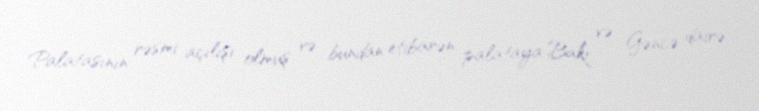
Palatasının rəsmi açılışı olmuş və bundan etibarən palataya Bakı və Gəncə dairə